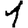
Digit: 1